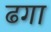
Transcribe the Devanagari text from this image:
ढगा